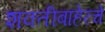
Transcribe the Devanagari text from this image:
शक्तीबाहेरचे